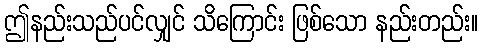
ဤနည်းသည်ပင်လျှင် သိကြောင်း ဖြစ်သော နည်းတည်း။